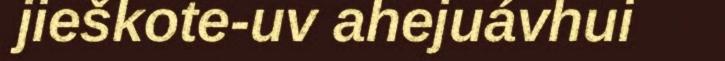
jieškote-uv ahejuávhui